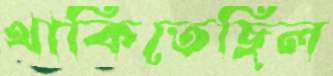
থাকিতেছিল